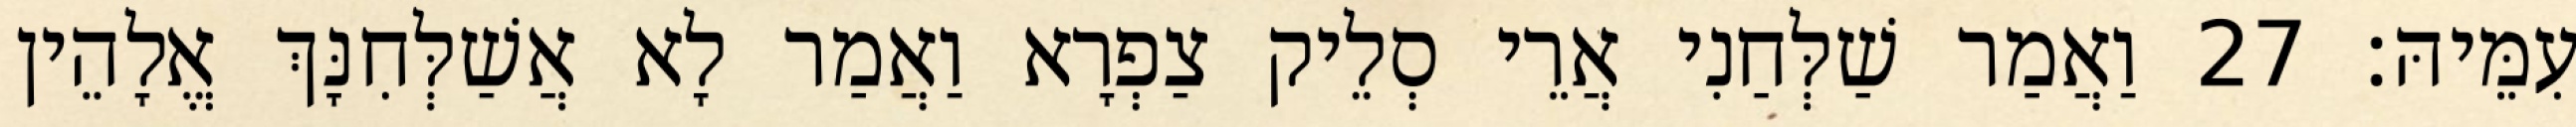
עִמֵּיהּ׃ 27 וַאֲמַר שַׁלְּחַנִי אֲרֵי סְלֵיק צַפְרָא וַאֲמַר לָא אֲשַׁלְּחִנָּךְ אֱלָהֵין